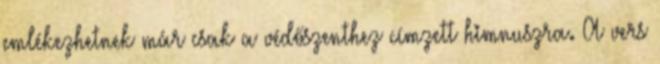
emlékezhetnek már csak a védőszenthez címzett himnuszra. A vers